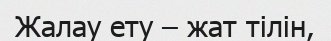
Жалау ету – жат тілін,